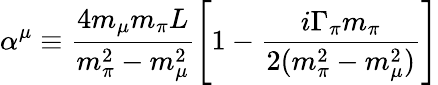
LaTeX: \alpha^{\mu}\equiv\frac{4m_{\mu}m_{\pi}L}{m_{\pi}^{2}-m_{\mu}^{2}}\left[1-\frac{i\Gamma_{\pi}m_{\pi}}{2(m_{\pi}^{2}-m_{\mu}^{2})}\right]